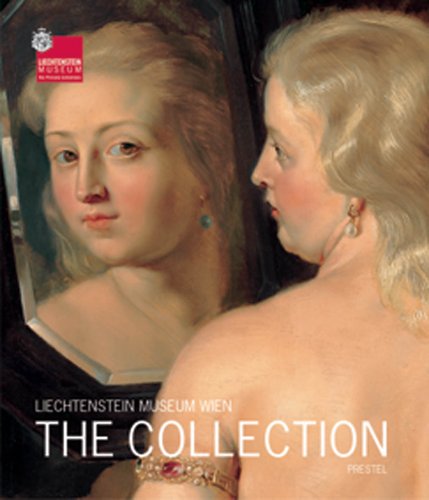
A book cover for The Collection (Liechtenstein Museum Vienna); Travel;